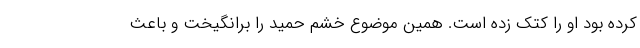
کرده بود او را کتک زده است. همین موضوع خشم حمید را برانگیخت و باعث